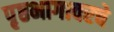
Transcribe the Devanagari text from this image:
पृष्ठभागावरचे